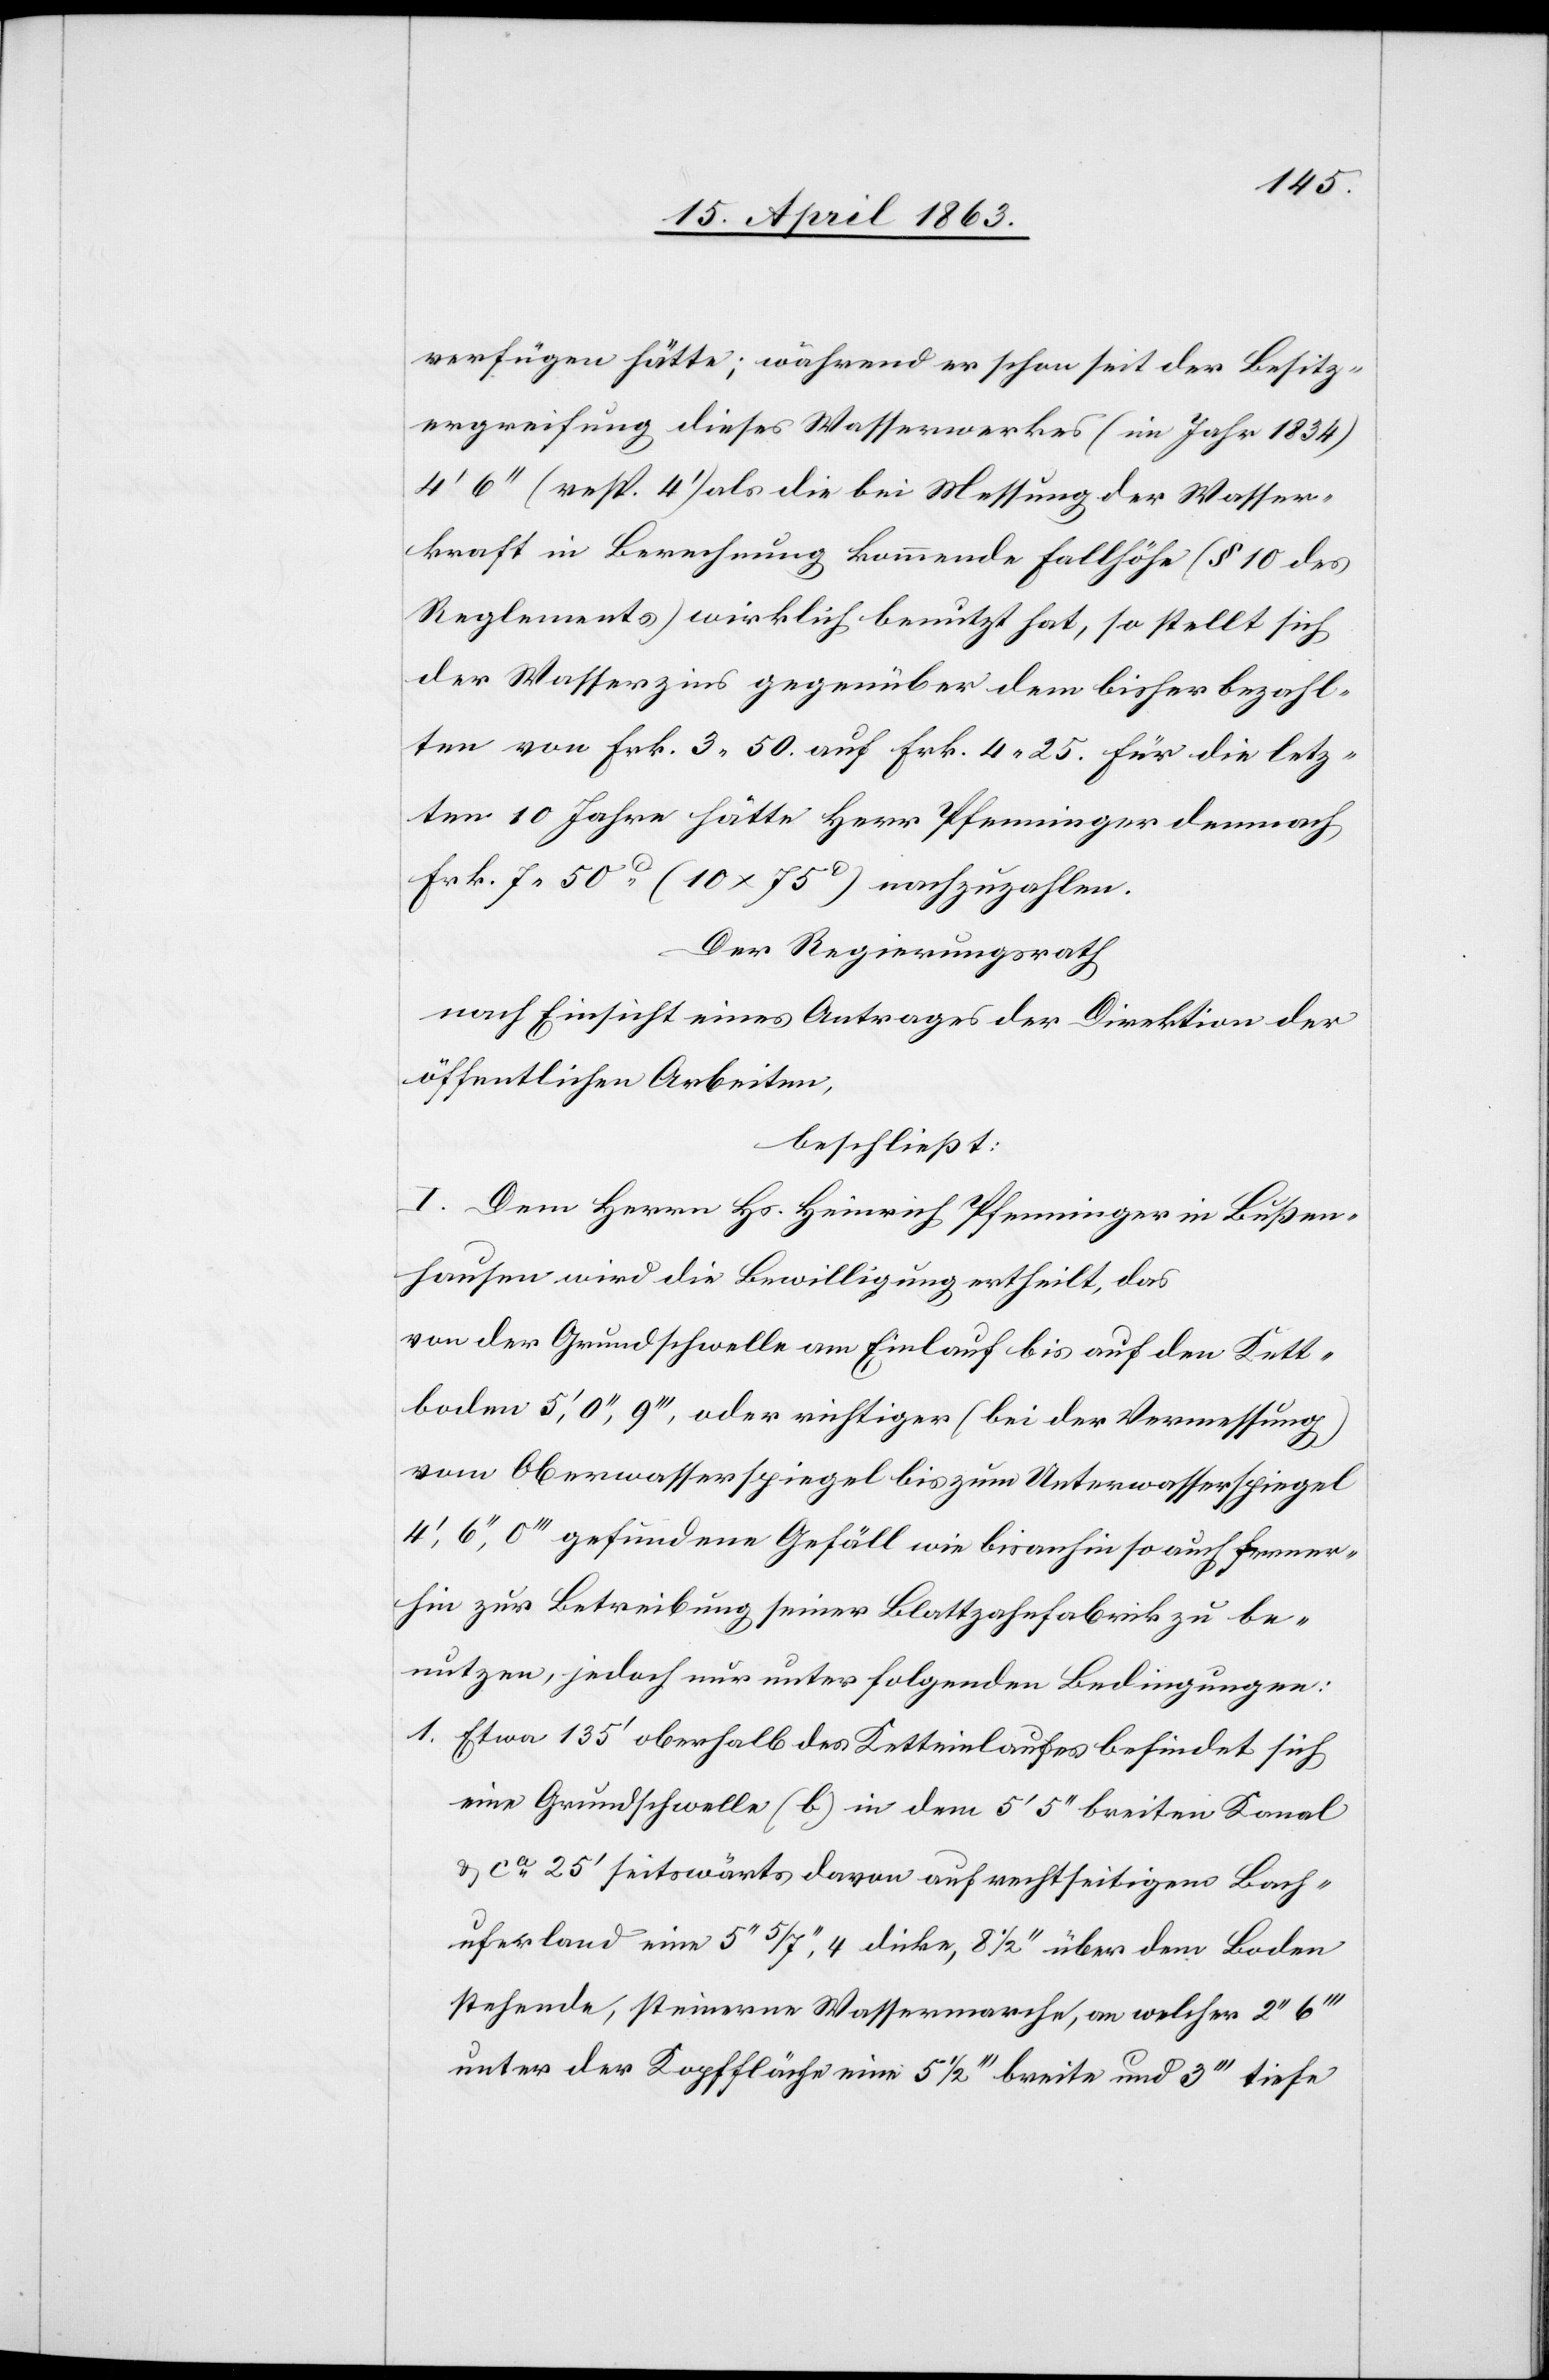
verfügen hätte; während er schon seit der Besitz¬
ergreifung dieses Wasserwerkes (im Jahr 1834)
(resp. 4') als die bei Messung der Wasser¬
kraft in Berechnung kommende Fallhöhe (§ 10 des
Reglements) wirklich benutzt hat, so stellt sich
der Wasserzins gegenüber dem bisher bezahl¬
ten von Frk. 3. 50. auf Frk. 4. 25. für die letz¬
ten 10 Jahre hätte Herr Pfenninger demnach
Frk. 7. 50c (10 x 75c) nachzuzahlen.
Der Regierungsrath
nach Einsicht eines Antrages der Direktion der
öffentlichen Arbeiten,
beschließt:
I. Dem Herrn Hs. Heinrich Pfenninger in Bußen¬
hausen wird die Bewilligung ertheilt, das
von der Grundschwelle am Einlauf bis auf den Kett¬
boden 5', 0'', 9''', oder richtiger (bei der Vermessung)
vom Oberwasserspiegel bis zum Unterwasserspiegel
gefundene Gefäll wie bisanhin so auf ferner¬
hin zur Betreibung seiner Blattzahnfabrik zu be¬
nutzen, jedoch nur unter folgenden Bedingungen:
1. Etwa 135' oberhalb des Ketteinlaufes befindet sich
eine Grundschwelle (b) in dem 5' 5'' breiten Kanal
& ca 25' seitswärts davon auf rechtseitigem Bach¬
uferland eine 5'' 5/7'', 4 dicke, 8 1/2'' über dem Boden
stehende, steinerne Wassermarche, an welcher 2''
unter der Kopffläche eine 5 1/2''' breite und 3''' tiefe